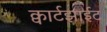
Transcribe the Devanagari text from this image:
क्वार्टझाईट